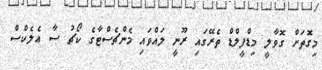
މިގޮތަށް ގޮވާލީ މިޑްފީލްޑް ތެރޭގައި ރޫނީ ލައްވައި މެންޗެސްޓާގެ ކޯޗު ސާ އެލެކްސް